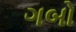
ગબો